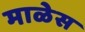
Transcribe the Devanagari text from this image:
माळेस